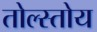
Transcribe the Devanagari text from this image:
तोल्स्तोय